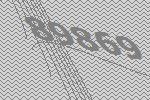
89869